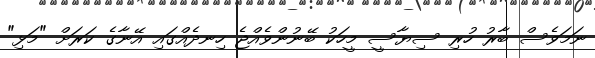
ނަމަވެސް ބާރު ހުރި ސިޔާސީ މީހަކު ބޭނުންވެއްޖެ ހިނދެއްގައި އޭނާގެ ކަރަށް "މަޅި"